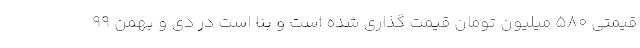
قیمتی 580 میلیون تومان قیمت گذاری شده است و بنا است در دی و بهمن 99